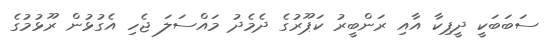
ސަބަބަކީ ދީޕިކާ އާއި ރަންބީރު ކަޕޫރުގެ ދެމެދު މައްސަލަ ޖެހި އެގުޅުން ރޫޅުމުގެ